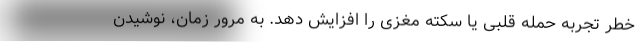
خطر تجربه حمله قلبی یا سکته مغزی را افزایش دهد. به مرور زمان، نوشیدن